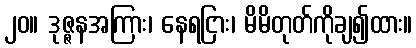
၂၀။ ဒုဇ္ဇနအကြား၊ နေရငြား၊ မိမိတုတ်ကိုချ၍ထား။